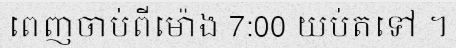
ពេញចាប់ពីម៉ោង 7:00 យប់តទៅ ។